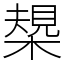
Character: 槼